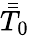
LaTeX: \bar{\bar{T}}_{0}